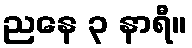
ညနေ ၃ နာရီ။